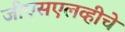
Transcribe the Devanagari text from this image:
जीएसएलव्हीचे